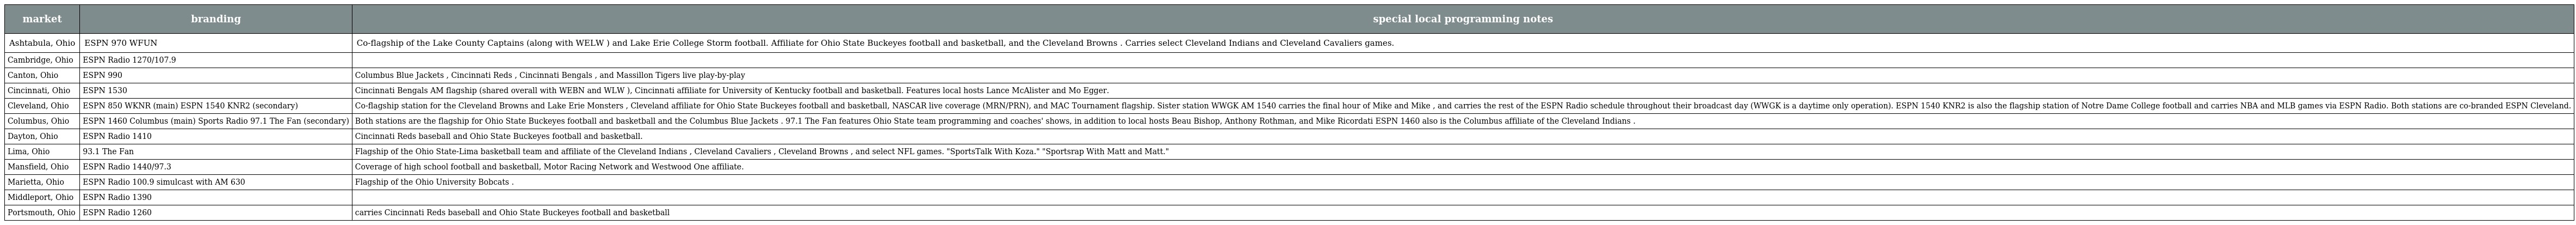
| market | branding | special local programming notes |
 | --- | --- | --- |
 | Ashtabula, Ohio | ESPN 970 WFUN | Co-flagship of the Lake County Captains (along with WELW ) and Lake Erie College Storm football. Affiliate for Ohio State Buckeyes football and basketball, and the Cleveland Browns . Carries select Cleveland Indians and Cleveland Cavaliers games. |
 | Cambridge, Ohio | ESPN Radio 1270/107.9 |  |
 | Canton, Ohio | ESPN 990 | Columbus Blue Jackets , Cincinnati Reds , Cincinnati Bengals , and Massillon Tigers live play-by-play |
 | Cincinnati, Ohio | ESPN 1530 | Cincinnati Bengals AM flagship (shared overall with WEBN and WLW ), Cincinnati affiliate for University of Kentucky football and basketball. Features local hosts Lance McAlister and Mo Egger. |
 | Cleveland, Ohio | ESPN 850 WKNR (main) ESPN 1540 KNR2 (secondary) | Co-flagship station for the Cleveland Browns and Lake Erie Monsters , Cleveland affiliate for Ohio State Buckeyes football and basketball, NASCAR live coverage (MRN/PRN), and MAC Tournament flagship. Sister station WWGK AM 1540 carries the final hour of Mike and Mike , and carries the rest of the ESPN Radio schedule throughout their broadcast day (WWGK is a daytime only operation). ESPN 1540 KNR2 is also the flagship station of Notre Dame College football and carries NBA and MLB games via ESPN Radio. Both stations are co-branded ESPN Cleveland. |
 | Columbus, Ohio | ESPN 1460 Columbus (main) Sports Radio 97.1 The Fan (secondary) | Both stations are the flagship for Ohio State Buckeyes football and basketball and the Columbus Blue Jackets . 97.1 The Fan features Ohio State team programming and coaches' shows, in addition to local hosts Beau Bishop, Anthony Rothman, and Mike Ricordati ESPN 1460 also is the Columbus affiliate of the Cleveland Indians . |
 | Dayton, Ohio | ESPN Radio 1410 | Cincinnati Reds baseball and Ohio State Buckeyes football and basketball. |
 | Lima, Ohio | 93.1 The Fan | Flagship of the Ohio State-Lima basketball team and affiliate of the Cleveland Indians , Cleveland Cavaliers , Cleveland Browns , and select NFL games. "SportsTalk With Koza." "Sportsrap With Matt and Matt." |
 | Mansfield, Ohio | ESPN Radio 1440/97.3 | Coverage of high school football and basketball, Motor Racing Network and Westwood One affiliate. |
 | Marietta, Ohio | ESPN Radio 100.9 simulcast with AM 630 | Flagship of the Ohio University Bobcats . |
 | Middleport, Ohio | ESPN Radio 1390 |  |
 | Portsmouth, Ohio | ESPN Radio 1260 | carries Cincinnati Reds baseball and Ohio State Buckeyes football and basketball |